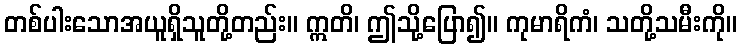
တစ်ပါးသောအယူရှိသူတို့တည်း။ ဣတိ၊ ဤသို့ပြော၍။ ကုမာရိကံ၊ သတို့သမီးကို။